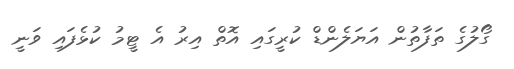
ގޯލުގެ ތަފާތުން އަޔަލެންޑް ކުރީގައި އޮތް އިރު އެ ޓީމު ކުޅެފައި ވަނީ